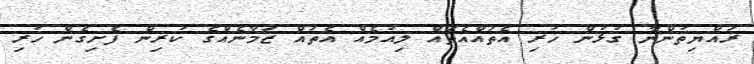
ރައްޔިތުންނާ ގުޅުން ހުރި އެތައްއެތައް ލިއުމެއް އެތައް ޒަމާނެއްގެ ކުރިން ފެށިގެން ހުރި